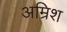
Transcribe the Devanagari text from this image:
अम्रिश